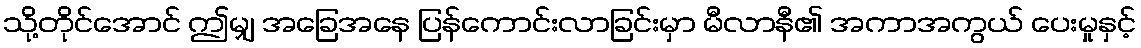
သို့တိုင်အောင် ဤမျှ အခြေအနေ ပြန်ကောင်းလာခြင်းမှာ မီလာနီ၏ အကာအကွယ် ပေးမှုနှင့်